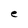
Character: e